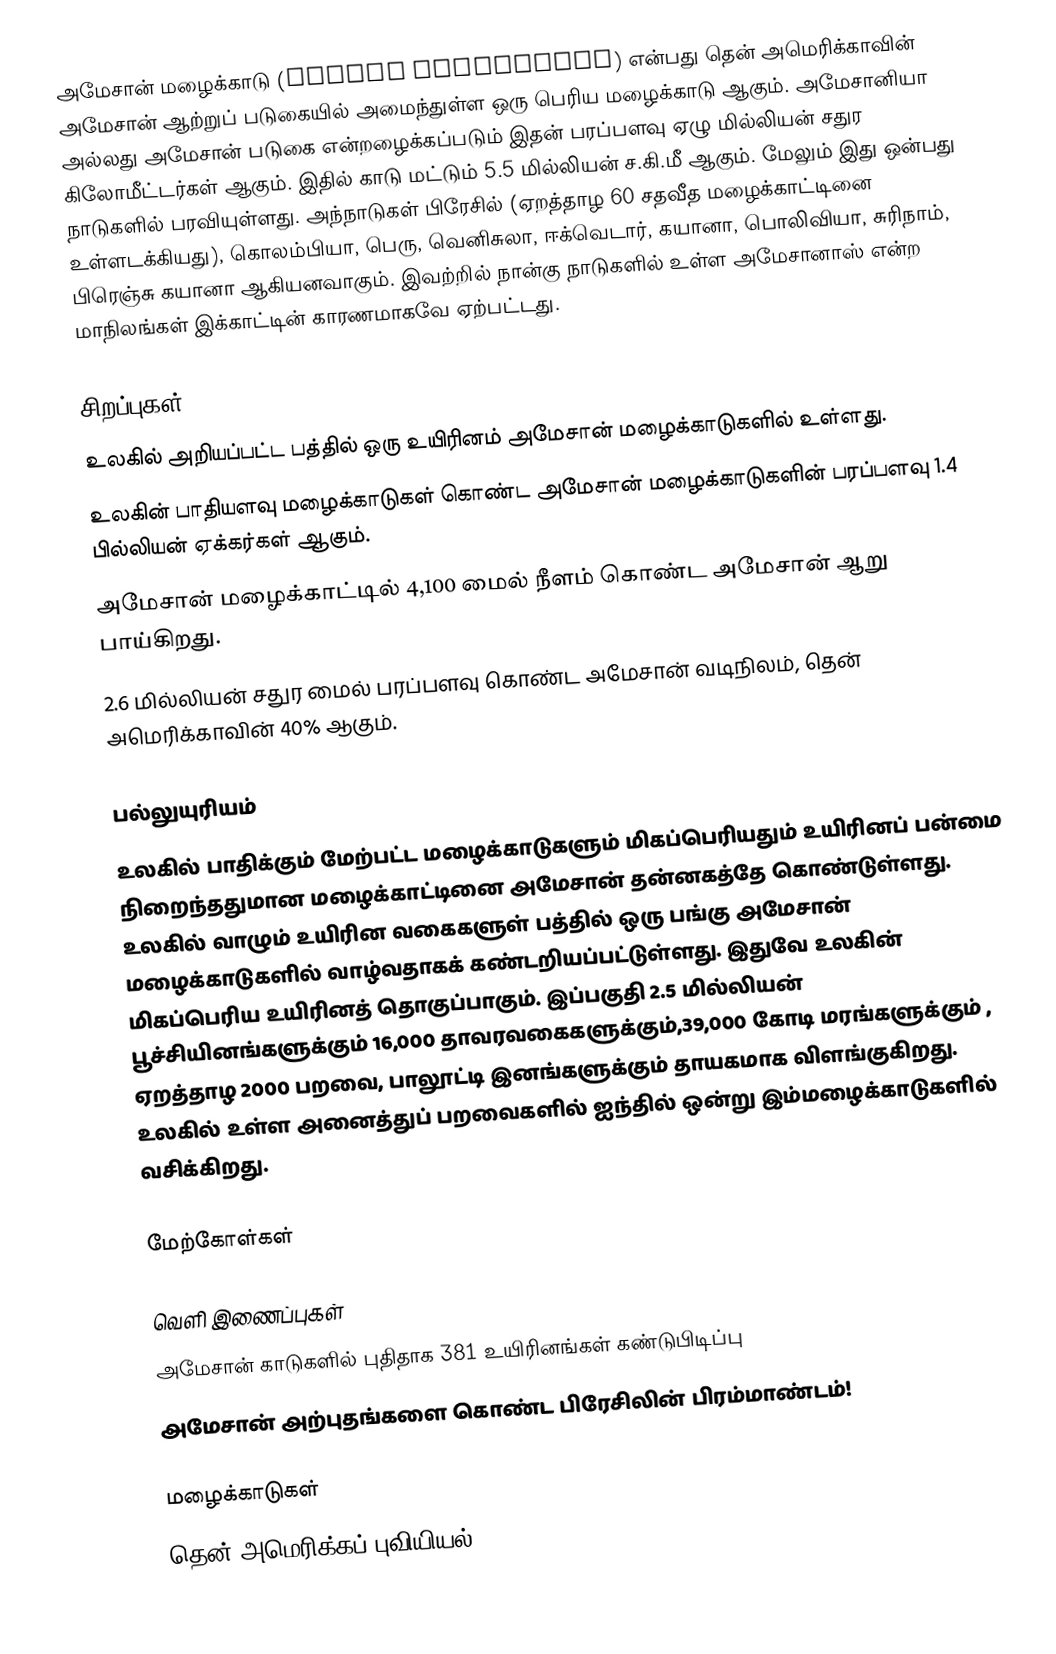
அமேசான் மழைக்காடு (Amazon rainforest) என்பது தென் அமெரிக்காவின் அமேசான் ஆற்றுப் படுகையில் அமைந்துள்ள ஒரு பெரிய மழைக்காடு ஆகும். அமேசானியா அல்லது அமேசான் படுகை என்றழைக்கப்படும் இதன் பரப்பளவு ஏழு மில்லியன் சதுர கிலோமீட்டர்கள் ஆகும். இதில் காடு மட்டும் 5.5 மில்லியன் ச.கி.மீ ஆகும். மேலும் இது ஒன்பது நாடுகளில் பரவியுள்ளது. அந்நாடுகள் பிரேசில் (ஏறத்தாழ 60 சதவீத மழைக்காட்டினை உள்ளடக்கியது), கொலம்பியா, பெரு, வெனிசுலா, ஈக்வெடார், கயானா, பொலிவியா, சுரிநாம், பிரெஞ்சு கயானா ஆகியனவாகும். இவற்றில் நான்கு நாடுகளில் உள்ள அமேசானாஸ் என்ற மாநிலங்கள் இக்காட்டின் காரணமாகவே ஏற்பட்டது.

சிறப்புகள்
உலகில் அறியப்பட்ட பத்தில் ஒரு உயிரினம் அமேசான் மழைக்காடுகளில் உள்ளது.
உலகின் பாதியளவு மழைக்காடுகள் கொண்ட அமேசான் மழைக்காடுகளின் பரப்பளவு 1.4 பில்லியன் ஏக்கர்கள் ஆகும்.
அமேசான் மழைக்காட்டில் 4,100 மைல் நீளம் கொண்ட அமேசான் ஆறு பாய்கிறது.
2.6 மில்லியன் சதுர மைல் பரப்பளவு கொண்ட அமேசான் வடிநிலம், தென் அமெரிக்காவின் 40% ஆகும்.

பல்லுயுரியம்
உலகில் பாதிக்கும் மேற்பட்ட மழைக்காடுகளும் மிகப்பெரியதும் உயிரினப் பன்மை நிறைந்ததுமான மழைக்காட்டினை அமேசான் தன்னகத்தே கொண்டுள்ளது. உலகில் வாழும் உயிரின வகைகளுள் பத்தில் ஒரு பங்கு அமேசான் மழைக்காடுகளில் வாழ்வதாகக் கண்டறியப்பட்டுள்ளது. இதுவே உலகின் மிகப்பெரிய உயிரினத் தொகுப்பாகும். இப்பகுதி 2.5 மில்லியன் பூச்சியினங்களுக்கும் 16,000 தாவரவகைகளுக்கும்,39,000 கோடி மரங்களுக்கும் , ஏறத்தாழ 2000 பறவை, பாலூட்டி இனங்களுக்கும் தாயகமாக விளங்குகிறது. உலகில் உள்ள அனைத்துப் பறவைகளில் ஐந்தில் ஒன்று இம்மழைக்காடுகளில் வசிக்கிறது.

மேற்கோள்கள்

வெளி இணைப்புகள்
அமேசான் காடுகளில் புதிதாக 381 உயிரினங்கள் கண்டுபிடிப்பு
அமேசான் அற்புதங்களை கொண்ட பிரேசிலின் பிரம்மாண்டம்!

மழைக்காடுகள்
தென் அமெரிக்கப் புவியியல்